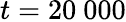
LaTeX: t=20\ 000